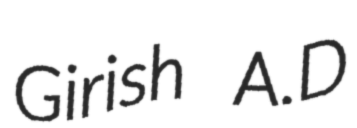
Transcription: Girish A.D